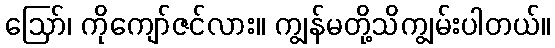
ဪ၊ ကိုကျော်ဇင်လား။ ကျွန်မတို့သိကျွမ်းပါတယ်။